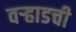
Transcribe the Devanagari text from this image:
वर्‍हाडची